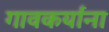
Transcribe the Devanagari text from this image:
गावकर्यांना